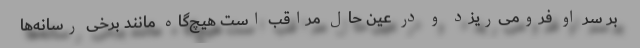
بر سر او فرومی‌ریزد و در عین حال مراقب است هیچ‌گاه مانند برخی رسانه‌ها